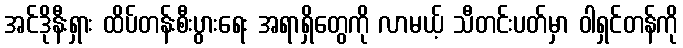
အင်ဒိုနီးရှား ထိပ်တန်းစီးပွားရေး အရာရှိတွေကို လာမယ့် သီတင်းပတ်မှာ ဝါရှင်တန်ကို